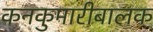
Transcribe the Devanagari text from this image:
कनकुमारीबालक